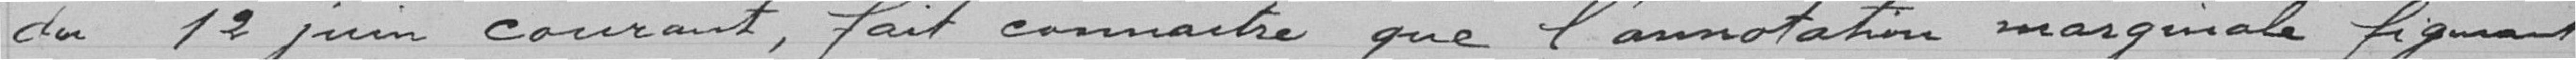
du 12 juin courant, fait connaitre que l'annotation marginale figurant